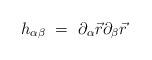
LaTeX: \begin{align*}h_{\alpha\beta}\ =\ \partial_\alpha\vec r\partial_\beta\vec r\end{align*}